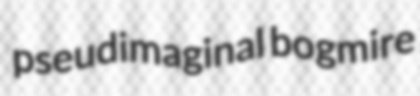
pseudimaginal bogmire